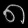
Digit: ၈